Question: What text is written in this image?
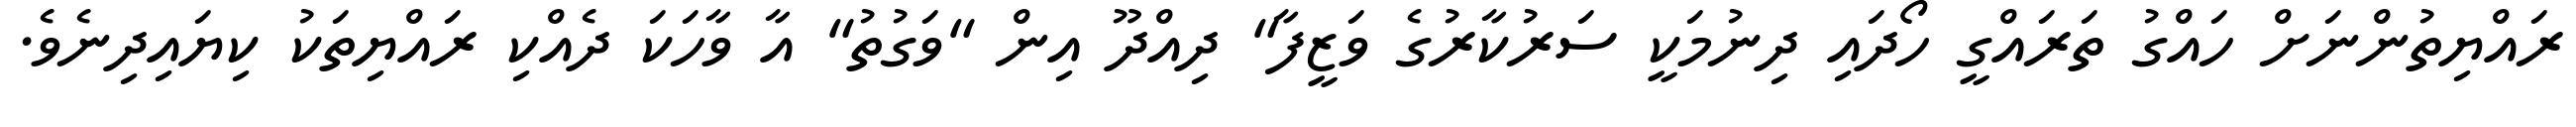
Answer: ރައްޔިތުންނަށް ހައްގު ތަރައްގީ ހޯދައި ދިނުމަކީ ސަރުކާރުގެ ވަޒީފާ" ދިއްދޫ އިން "ވަގުތު" އާ ވާހަކަ ދެއްކި ރައްޔިތަކު ކިޔައިދިނެވެ.